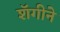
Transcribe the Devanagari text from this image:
शॅगीने